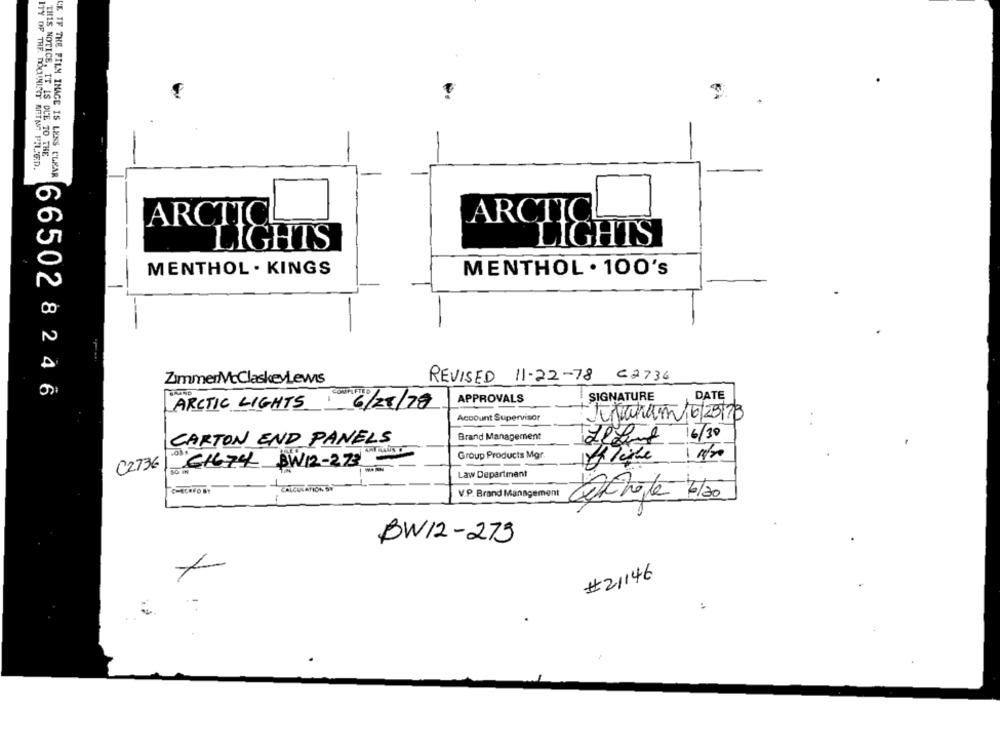
THIS NOTICE, IT IS DUE TO THE
ITY OF THE. DOCHNINY BRINE FILED.
LE IF THE FILM IMAGE IS LESS CLEAR
ARCTIC
ARCTIC
LIGHTS
LIGHTS
MENTHOL . KINGS
MENTHOL . 100's
ZimmerMcClaskeyLewis
REVISED 11-22-78 62736
665028246
SIGNATURE
DATE
ARCTIC LIGHTS
COMIC/25/18
APPROVALS
Account Supervisor
Tranam 16/25/78
Brand Management
16/30
CARTON END PANELS
Group Products Mgr.
C2736
61674 BW12-273-
Law Department
V.P. Brand Management
Petrole 6/30
BW12-273
#21146